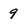
Character: 9